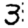
Digit: 3